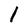
Character: 1